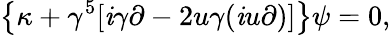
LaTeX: \left\{ \kappa+\gamma^{5}[\mathit{i}\gamma\partial-2u\gamma(\mathit{i}u\partial)]\right\} \psi=0,